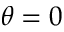
\theta = 0